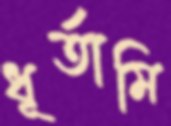
ধূর্তামি